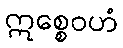
ဣစ္စေဝဟံ